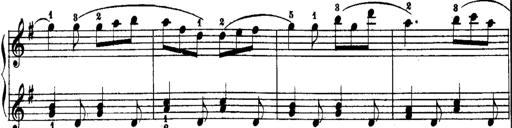
Title: Rondos and Sonatinas for Pianoforte
Composer: Daniel Steibelt